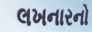
લખનારનો